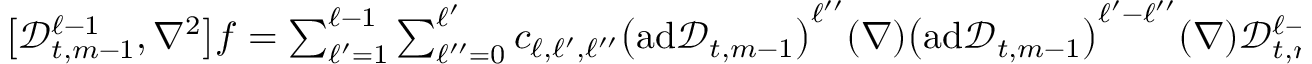
\begin{array} { r } { \big [ \mathscr { D } _ { t , m - 1 } ^ { \ell - 1 } , \nabla ^ { 2 } \bigr ] f = \sum _ { \ell ^ { \prime } = 1 } ^ { \ell - 1 } \sum _ { \ell ^ { \prime \prime } = 0 } ^ { \ell ^ { \prime } } c _ { \ell , \ell ^ { \prime } , \ell ^ { \prime \prime } } \bigl ( \mathrm { a d } \mathscr { D } _ { t , m - 1 } \bigr ) ^ { \ell ^ { \prime \prime } } ( \nabla ) \bigl ( \mathrm { a d } \mathscr { D } _ { t , m - 1 } \bigr ) ^ { \ell ^ { \prime } - \ell ^ { \prime \prime } } ( \nabla ) \mathscr { D } _ { t , m - 1 } ^ { \ell - 1 - \ell ^ { \prime } } f } \end{array}